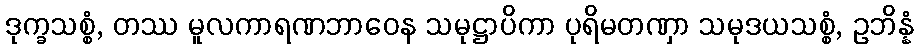
ဒုက္ခသစ္စံ, တဿ မူလကာရဏဘာဝေန သမုဋ္ဌာပိကာ ပုရိမတဏှာ သမုဒယသစ္စံ, ဥဘိန္နံ